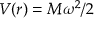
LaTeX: V ( r ) = M \omega ^ { 2 } / 2